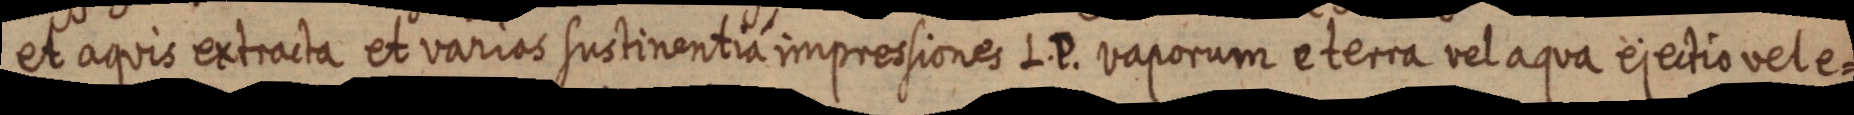
et aquis extracta et varios sustinentia impressiones L. P. vaporum eterra vel aqua ejectio vele